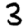
Digit: 3